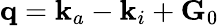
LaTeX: \mathbf{q}=\mathbf{k}_{a}-\mathbf{k}_{i}+\mathbf{G}_{0}